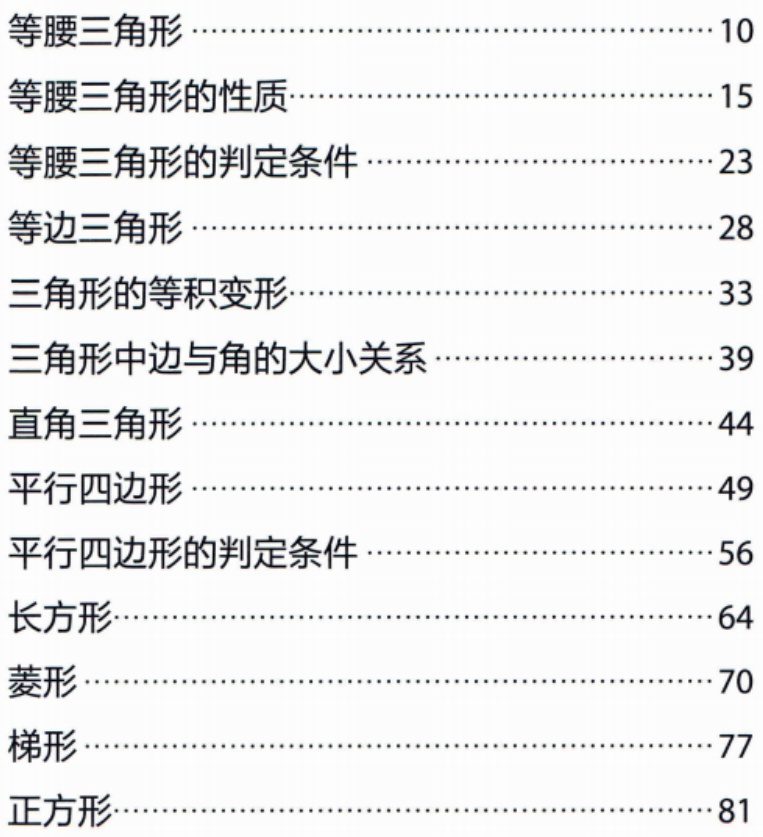
\begin{enumerate}

\item 等腰三角形\hfill10

\item 等腰三角形的性质\hfill15

\item 等腰三角形的判定条件\hfill23

\item 等边三角形\hfill28

\item 三角形的等积变形\hfill33

\item 三角形中边与角的大小关系\hfill39

\item 直角三角形\hfill44

\item 平行四边形\hfill49

\item 平行四边形的判定条件\hfill56

\item 长方形\hfill64

\item 菱形\hfill70

\item 梯形\hfill77

\item 正方形\hfill81

\end{enumerate}